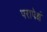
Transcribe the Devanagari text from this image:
परापेक्षं